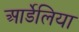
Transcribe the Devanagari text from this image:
आर्डेलिया